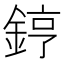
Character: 𨧤